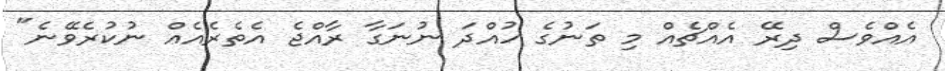
އެއްވެސް ދިރޭ އެއްޗެއް މި ތަނުގެ ހުއްދަ ނުނަގާ ރާއްޖެ އެތެރެއެއް ނުކުރެވޭނެ"